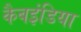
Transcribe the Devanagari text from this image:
कैबइंडिया